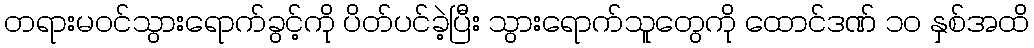
တရားမဝင်သွားရောက်ခွင့်ကို ပိတ်ပင်ခဲ့ပြီး သွားရောက်သူတွေကို ထောင်ဒဏ် ၁၀ နှစ်အထိ